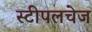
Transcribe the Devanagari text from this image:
स्टीपलचेज